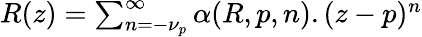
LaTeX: \begin{array}{r}{R(z)=\sum_{n=-\nu_{p}}^{\infty}\alpha(R,p,n).(z-p)^{n}}\end{array}